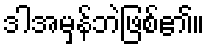
ဒါအမှန်ဘဲဖြစ်၏။